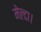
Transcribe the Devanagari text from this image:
मेल्टा।